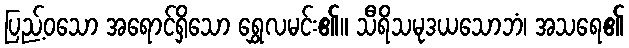
ပြည့်ဝသော အရောင်ရှိသော ရွှေလမင်း၏။ သီရိသမုဒယသောဘံ၊ အသရေ၏